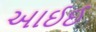
આઈઈ